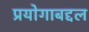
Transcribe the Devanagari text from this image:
प्रयोगाबद्दल